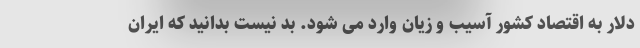
دلار به اقتصاد کشور آسیب و زیان وارد می شود. بد نیست بدانید که ایران